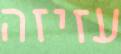
עזיזה